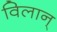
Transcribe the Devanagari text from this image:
विलान्